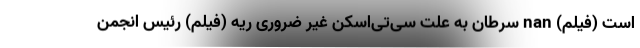
است (فیلم) nan سرطان به علت سی‌تی‌اسکن غیر ضروری ریه (فیلم) رئیس انجمن